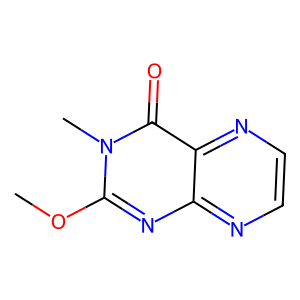
SMILES: COc1nc2nccnc2c(=O)n1C
Inhibits HIV replication: No